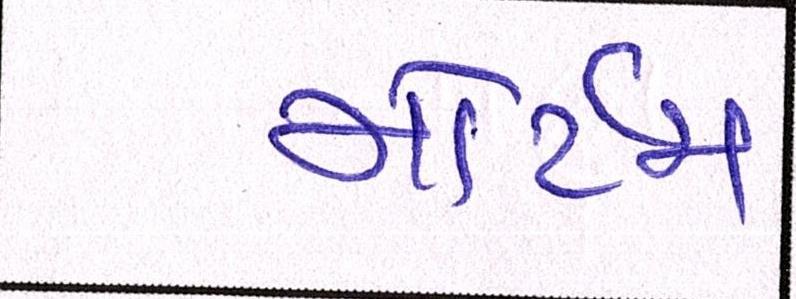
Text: મોર્ટમ